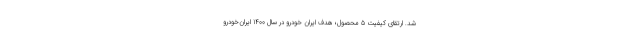
شد. ارتقای کیفیت 5 محصول؛ هدف ایران خودرو در سال 1400 ایران‌خودرو